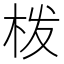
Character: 𭩰